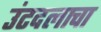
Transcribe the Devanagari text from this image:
उंटदलाचा